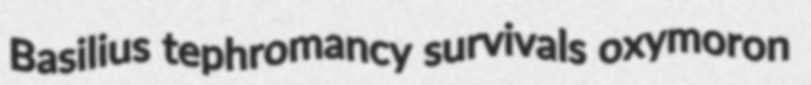
Basilius tephromancy survivals oxymoron